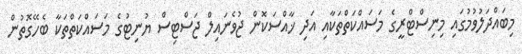
މިބައްދަލުވުމުގައި މިނިސްޓްރީގެ މަސައްކަތްތަކާއި އަދި ޚާއްސަކޮން ޖުވެނައިލް ޖަސްޓިސް ޔުނިޓުގެ މަސައްކަތްތަކާ ބެހޭގޮތުން